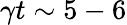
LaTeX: \gamma t\sim 5-6